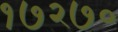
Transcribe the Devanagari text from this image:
१७२७०